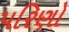
પરિણો